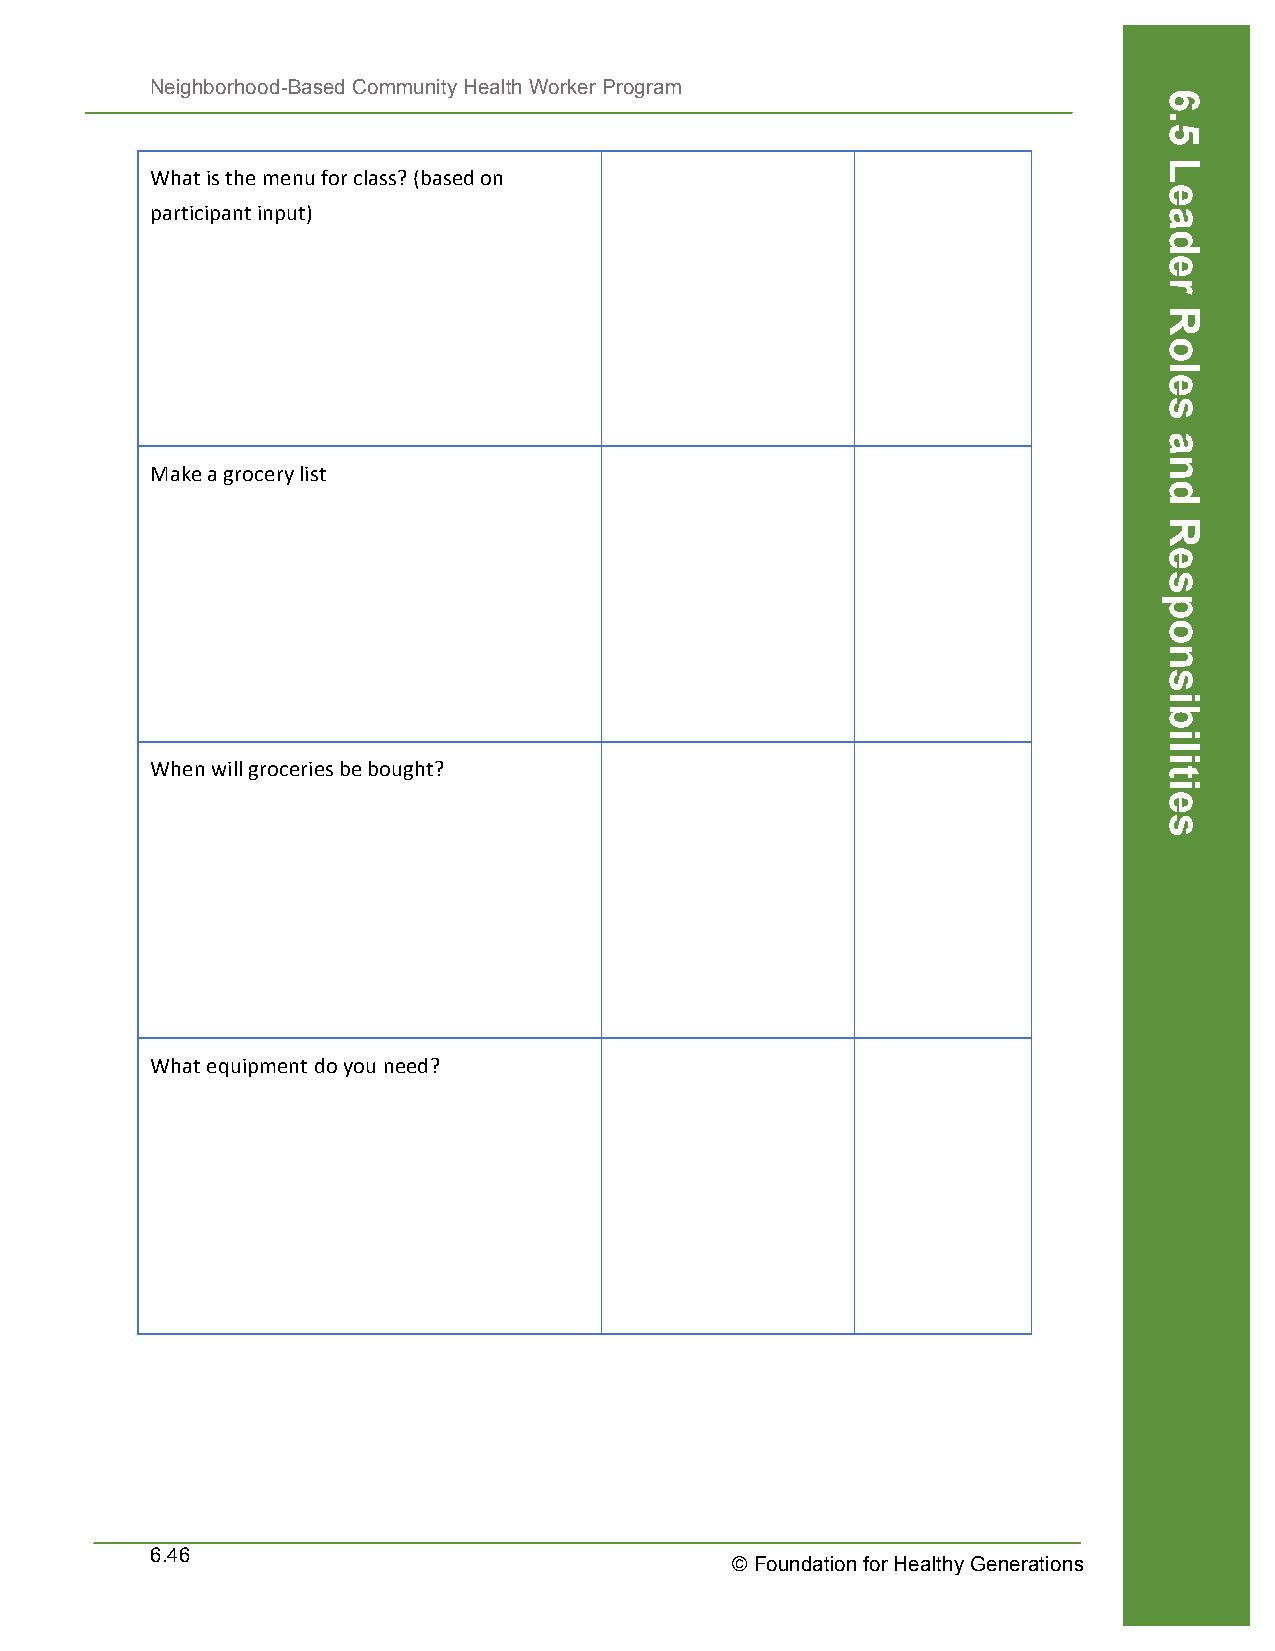
Neighborhood-Based Community Health Worker Program
 What is the menu for class? (based on
 participant input)
 Make a grocery list
 When will groceries be bought?
 What equipment do you need?
 6.46
 © Foundation for Healthy Generations
 6.5
 Leader
 Roles
 and
 Responsibilities